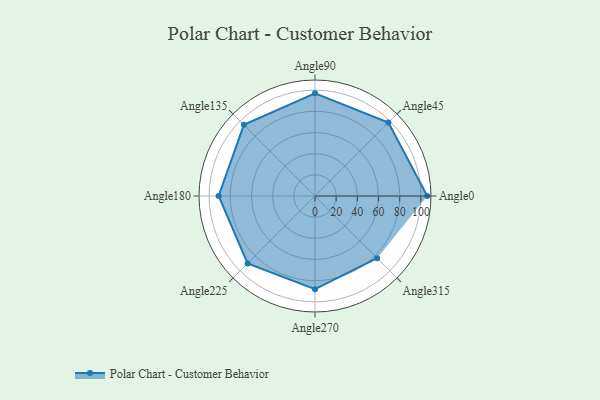
{"axis": {"x": "Angle", "y": "Radius"}, "legend": [""], "data": [{"x": "Angle0", "y": 106.0, "type": ""}, {"x": "Angle45", "y": 98.0, "type": ""}, {"x": "Angle90", "y": 97.0, "type": ""}, {"x": "Angle135", "y": 95.0, "type": ""}, {"x": "Angle180", "y": 91.0, "type": ""}, {"x": "Angle225", "y": 90.0, "type": ""}, {"x": "Angle270", "y": 88.0, "type": ""}, {"x": "Angle315", "y": 83.0, "type": ""}]}